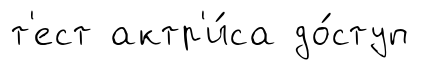
т'ест актр'и́са до́ступ